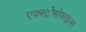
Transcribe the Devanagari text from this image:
एक्स्ट्रीमोफाइल्स